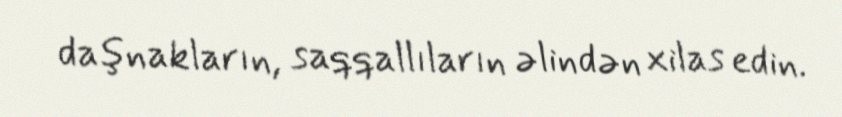
daşnakların, saqqallıların əlindən xilas edin.